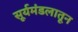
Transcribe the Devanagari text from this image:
सूर्यमंडलातून